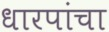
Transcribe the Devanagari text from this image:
धारपांचा